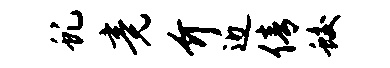
虬竟介近倩蛟